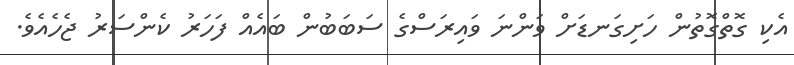
އެކި ގޮތްގޮތުން ހަށިގަނޑަށް ވަންނަ ވައިރަސްގެ ސަބަބުން ބައެއް ފަހަރު ކެންސަރު ޖެހެއެވެ.